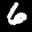
Label: 6